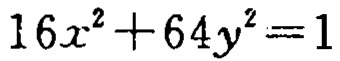
\(16x^{2}+64y^{2}=1\)